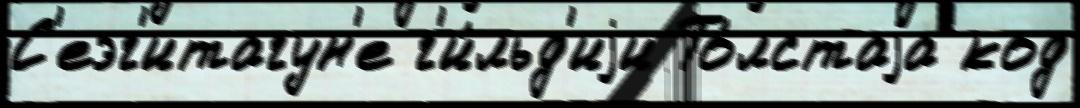
С'еэг'итагун'е г'и́льд'иjи То́лстаjа код